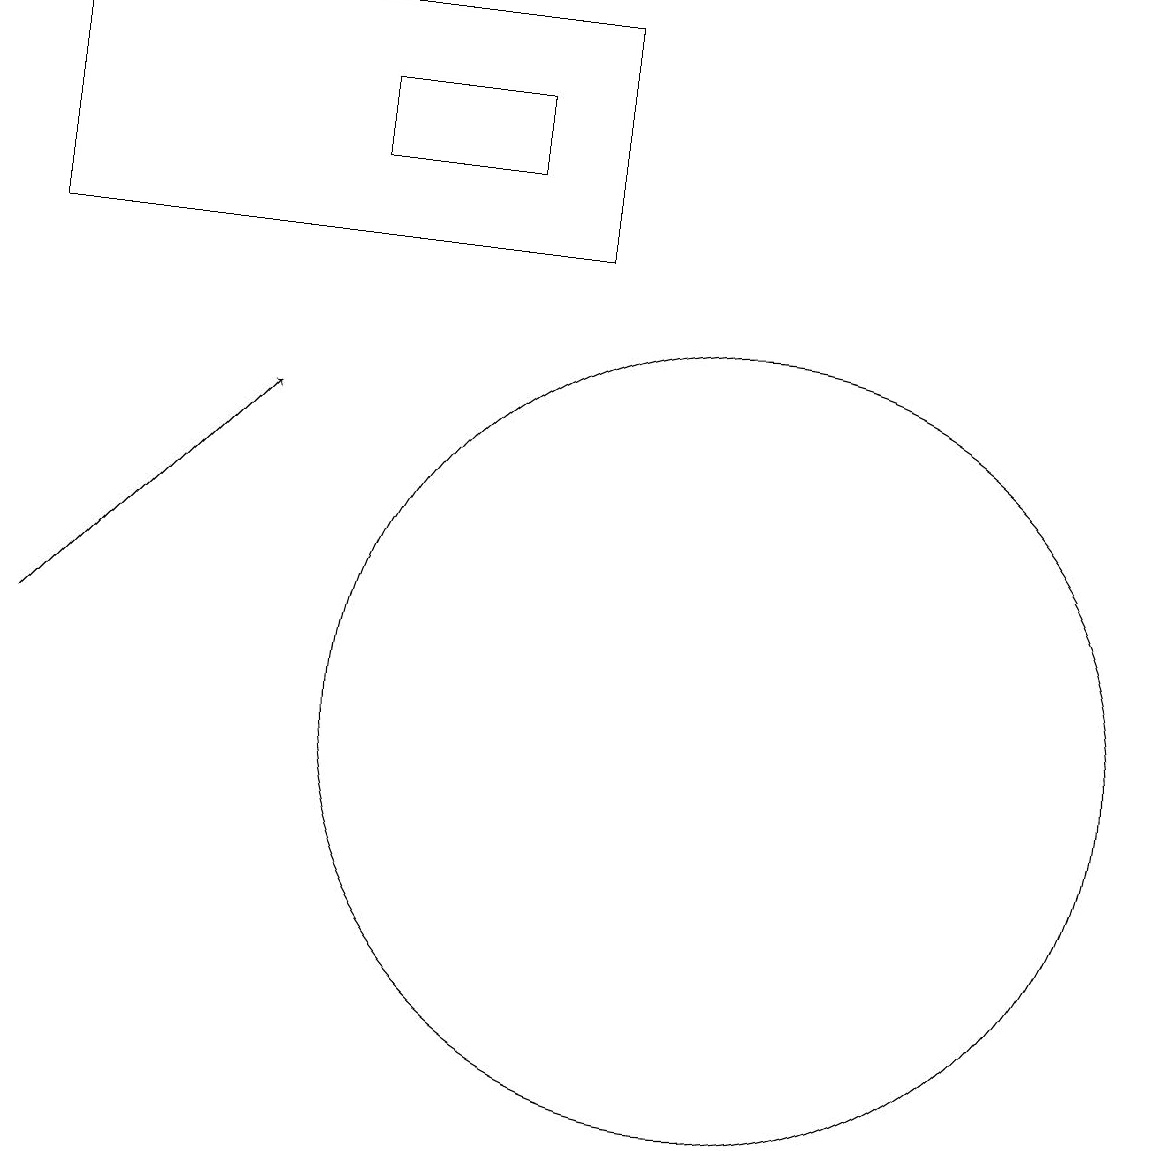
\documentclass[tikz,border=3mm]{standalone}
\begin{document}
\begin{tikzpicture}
\draw (7,18) rectangle (5,17);
\draw (1,16) rectangle (8,19);
\draw (10,10) circle (5);
\draw[->] (1,11) -- (4,14);
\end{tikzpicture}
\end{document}